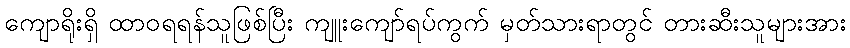
ကျောရိုးရှိ ထာဝရရန်သူဖြစ်ပြီး ကျူးကျော်ရပ်ကွက် မှတ်သားရာတွင် တားဆီးသူများအား